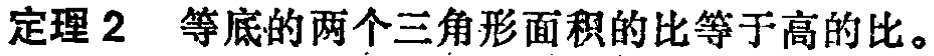
定理 2 等底的两个三角形面积的比等于高的比。